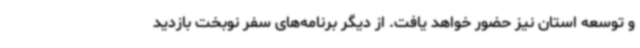
و توسعه استان نیز حضور خواهد یافت. از دیگر برنامه‌های سفر نوبخت بازدید